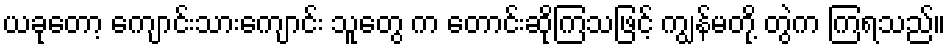
ယခုတော့ ကျောင်းသားကျောင်း သူတွေ က တောင်းဆိုကြသဖြင့် ကျွန်မတို့ တွဲက ကြရသည်။